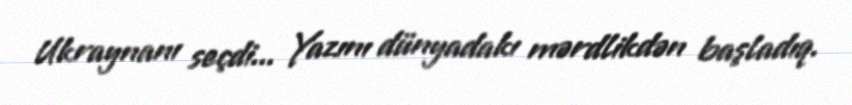
Ukraynanı seçdi... Yazını dünyadakı mərdlikdən başladıq.